Document type: Sale
Year: 1499
Scribe: Joan Martínez de Sòria
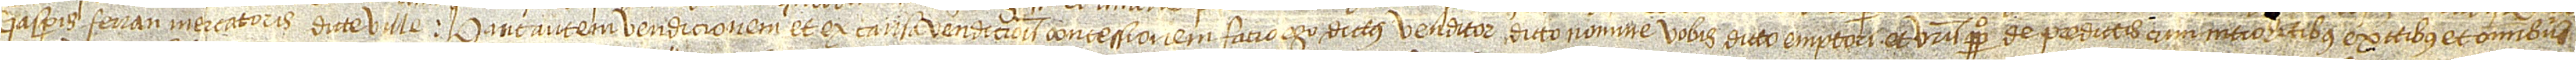
Gasparis Ferran, mercatoris dicte ville. Hanc autem vendicionem et ex causa vendicionis concessionem facio ego dictus venditor dicto nomine vobis dicto emptori et vestris perpetuo de predictis cum introitibus, exitibus et omnibus